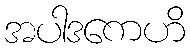
အပါဒကေဟိ